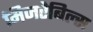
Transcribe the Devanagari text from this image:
मिजरेबिल्स